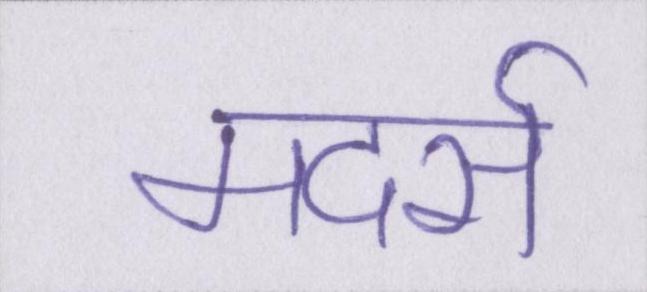
मदर्स